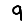
Digit: 9